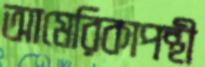
আমেরিকাপন্থী